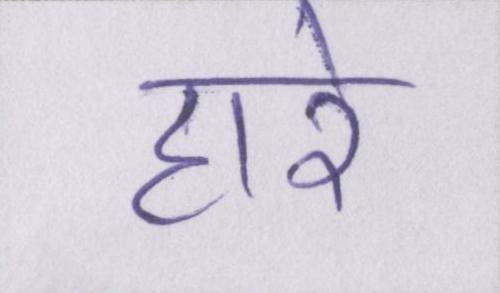
हारे